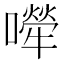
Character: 𡁆